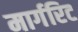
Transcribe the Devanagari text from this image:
मार्गरिट